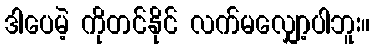
ဒါပေမဲ့ ကိုတင်နိုင် လက်မလျှော့ပါဘူး။